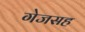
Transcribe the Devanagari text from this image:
गेजसह